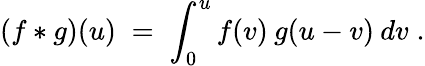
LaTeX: (f*g)(u)\; =\; \int_{0}^{u}f(v)\: g(u-v)\: dv\; .